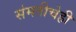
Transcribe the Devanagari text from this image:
संमतीचेही